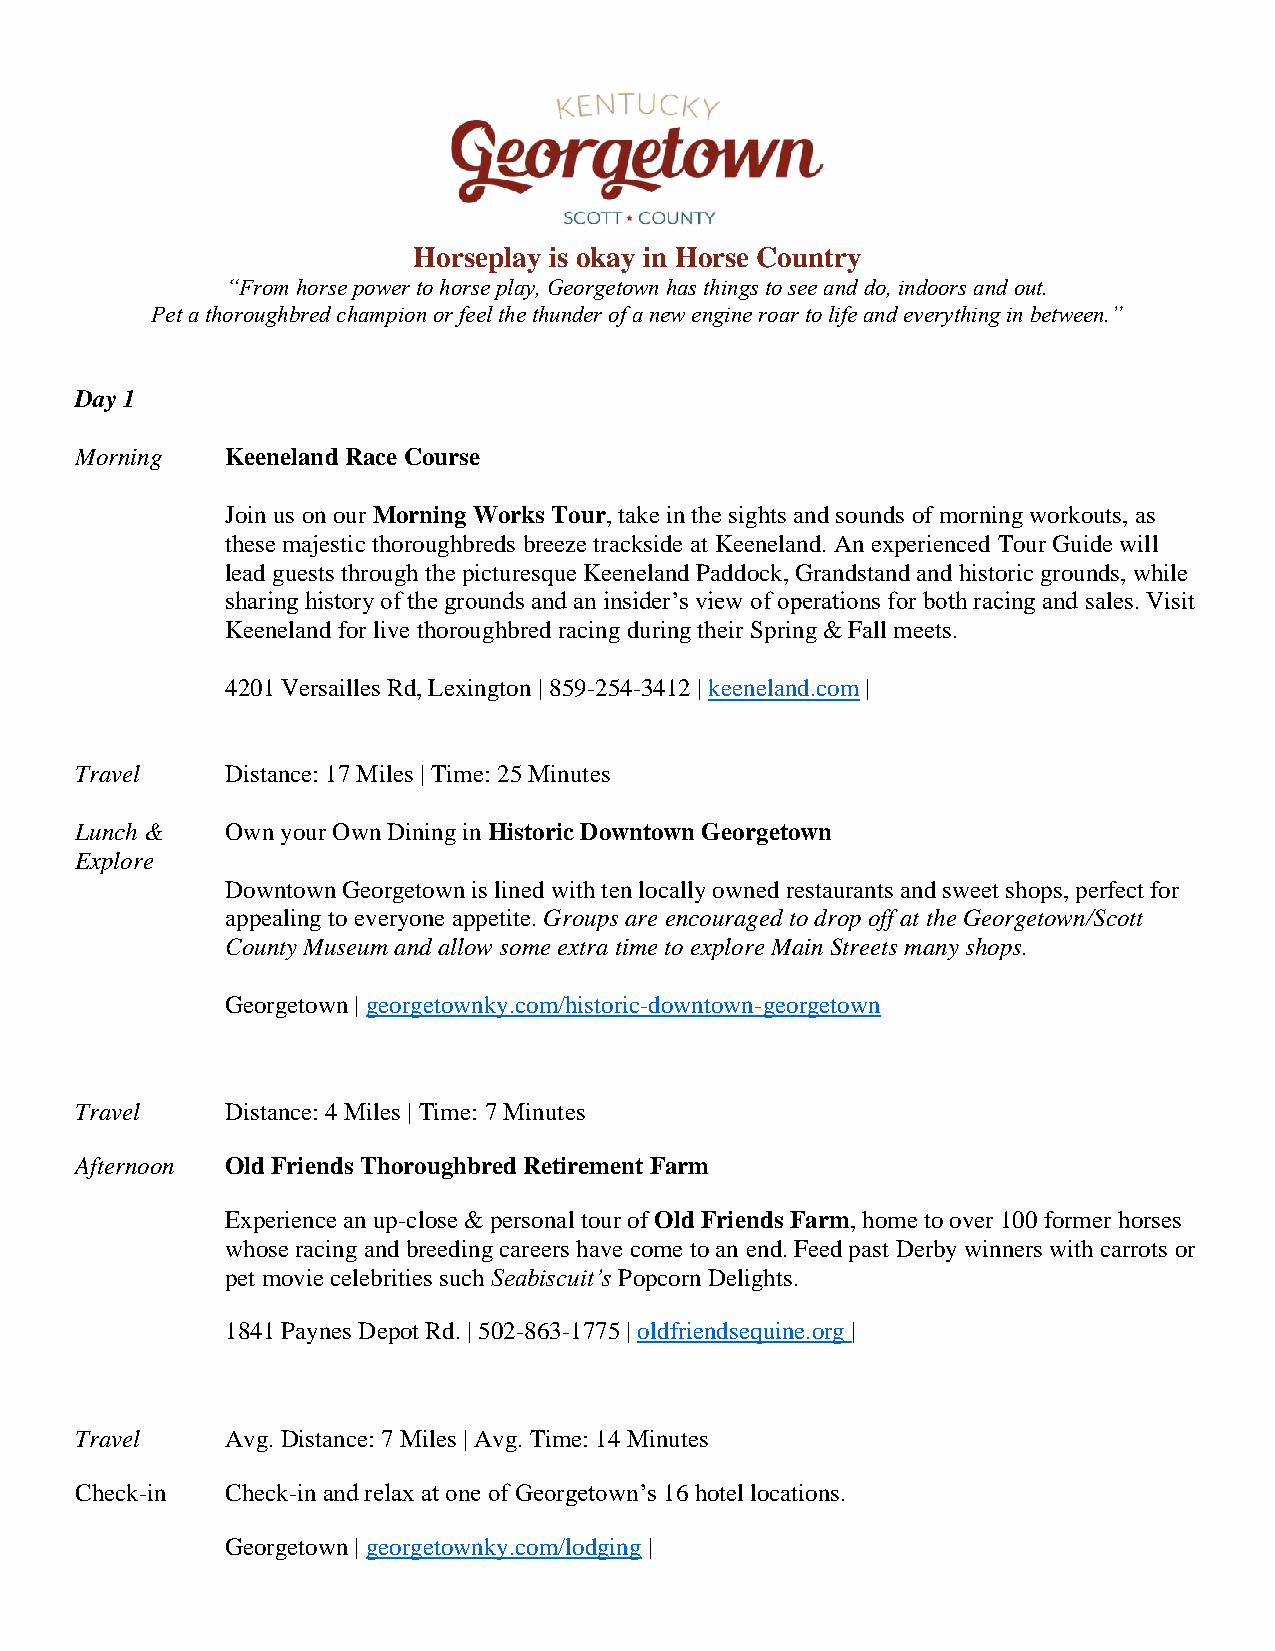
Horseplay is okay in Horse Country
 “From horse power to horse play, Georgetown has things to see and do, indoors and out.
 Pet a thoroughbred champion or feel the thunder of a new engine roar to life and everything in between.”
 Day 1
 Morning   Keeneland Race Course
 Join us on our Morning Works Tour, take in the sights and sounds of morning workouts, as
 these majestic thoroughbreds breeze trackside at Keeneland. An experienced Tour Guide will
 lead guests through the picturesque Keeneland Paddock, Grandstand and historic grounds, while
 sharing history of the grounds and an insider’s view of operations for both racing and sales. Visit
 Keeneland for live thoroughbred racing during their Spring & Fall meets.
 4201 Versailles Rd, Lexington | 859-254-3412 | keeneland.com |
 Travel    Distance: 17 Miles | Time: 25 Minutes
 Lunch &   Own your Own Dining in Historic Downtown Georgetown
 Explore
 Downtown Georgetown is lined with ten locally owned restaurants and sweet shops, perfect for
 appealing to everyone appetite. Groups are encouraged to drop off at the Georgetown/Scott
 County Museum and allow some extra time to explore Main Streets many shops.
 Georgetown | georgetownky.com/historic-downtown-georgetown
 Travel    Distance: 4 Miles | Time: 7 Minutes
 Afternoon Old Friends Thoroughbred Retirement Farm
 Experience an up-close & personal tour of Old Friends Farm, home to over 100 former horses
 whose racing and breeding careers have come to an end. Feed past Derby winners with carrots or
 pet movie celebrities such Seabiscuit’s Popcorn Delights.
 1841 Paynes Depot Rd. | 502-863-1775 | oldfriendsequine.org |
 Travel    Avg. Distance: 7 Miles | Avg. Time: 14 Minutes
 Check-in  Check-in and relax at one of Georgetown’s 16 hotel locations.
 Georgetown | georgetownky.com/lodging |